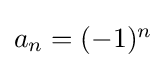
{\textstyle a_{n}=(-1)^{n}}